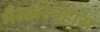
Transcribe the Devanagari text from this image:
मैस्करेनहास